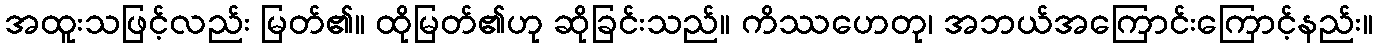
အထူးသဖြင့်လည်း မြတ်၏။ ထိုမြတ်၏ဟု ဆိုခြင်းသည်။ ကိဿဟေတု၊ အဘယ်အကြောင်းကြောင့်နည်း။